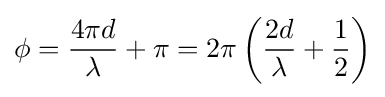
\phi ={4\pi d \over \lambda }+\pi =2\pi \left({2d \over \lambda }+{1 \over 2}\right)